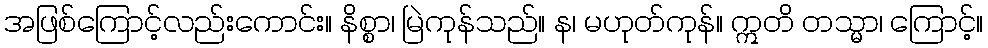
အဖြစ်ကြောင့်လည်းကောင်း။ နိစ္စာ၊ မြဲကုန်သည်။ န၊ မဟုတ်ကုန်။ ဣတိ တသ္မာ၊ ကြောင့်။